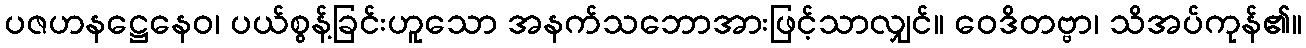
ပဇဟနဋ္ဌေနေဝ၊ ပယ်စွန့်ခြင်းဟူသော အနက်သဘောအားဖြင့်သာလျှင်။ ဝေဒိတဗ္ဗာ၊ သိအပ်ကုန်၏။